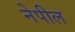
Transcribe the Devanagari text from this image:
नेपील